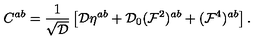
C ^ { a b } = { \frac { 1 } { \sqrt { \cal D } } } \left[ { \cal D } \eta ^ { a b } + { \cal D } _ { 0 } ( { \cal F } ^ { 2 } ) ^ { a b } + ( { \cal F } ^ { 4 } ) ^ { a b } \right] .